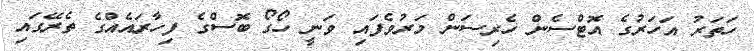
ހަތަރު އަހަރުގެ އޮޓްސެން ހެރިސަން މަރުވެފައި ވަނީ ހޯގޯ ބޮސްގެ ފިހާރައެއްގެ ތެރޭގައި